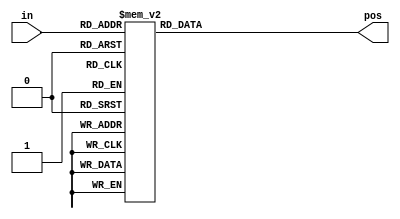
module priority_enc (
    input [3:0] in,
    output reg [1:0] pos  );
    //w/o using casez
    always@(*)
        begin
            case(in)
                4'b0000: pos=2'b00;
                4'b0001: pos=2'b00;
                4'b0010: pos=2'b01;
                4'b0011: pos=2'b00;
                4'b0100: pos=2'b10;
                4'b0101: pos=2'b00;
                4'b0110: pos=2'b01;
                4'b0111: pos=2'b00;
                4'b1000: pos=2'b11;
                4'b1001: pos=2'b00;
                4'b1010: pos=2'b01;
                4'b1011: pos=2'b00;
                4'b1100: pos=2'b10;
                4'b1101: pos=2'b00;
                4'b1110: pos=2'b01;
                4'b1111: pos=2'b00;
                
            endcase
        end

    //With casez

     /*always@(*)
        begin
            casez(in)
                4'bzzz1:pos=2'b00;
                4'bzz10:pos=2'b01;
                4'bz100:pos=2'b10;
                4'b1000:pos=2'b11;
                default:pos=2'b00;
            endcase
        end   
    */

endmodule